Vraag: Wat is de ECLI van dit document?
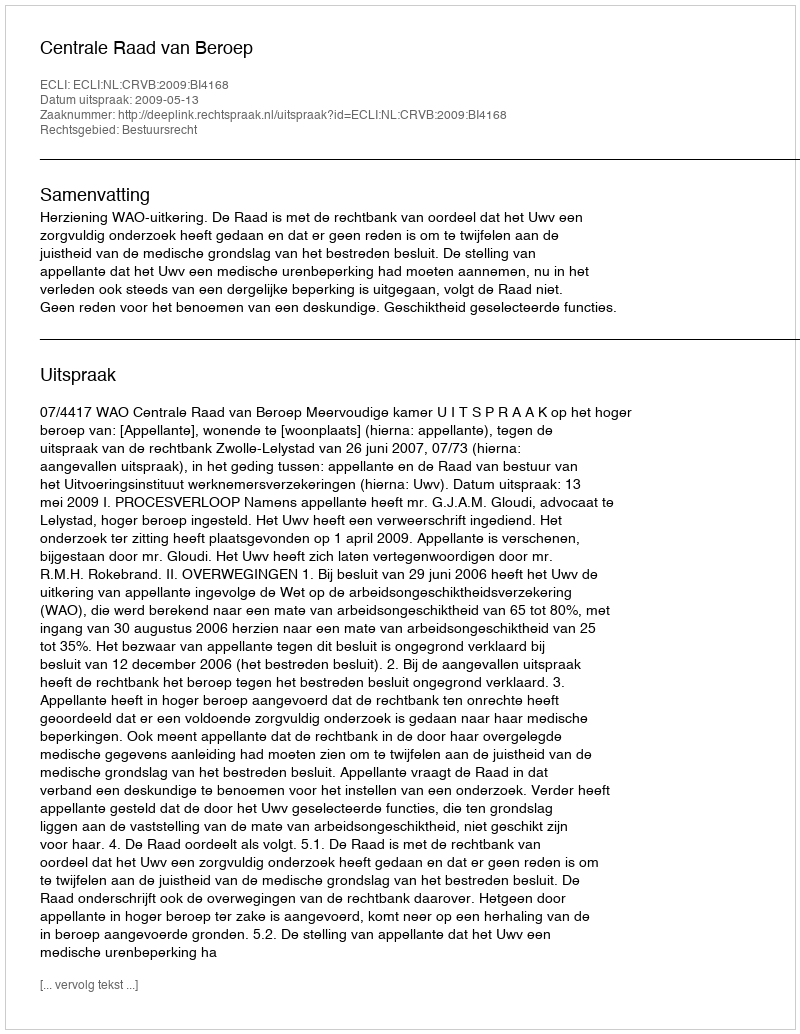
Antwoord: ECLI:NL:CRVB:2009:BI4168